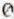
0